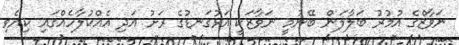
ނަވާޒްގެ އުމުރު ބަލާލަން ބޭނުމީ ނަވާޒަކީ އަޅުގަނޑުގެ ރަށު އަދި އެއްކުލާހެއްގައި ކިޔެވި